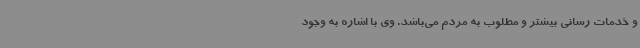
و خدمات رسانی بیشتر و مطلوب به مردم می‌باشد. وی با اشاره به وجود